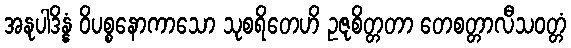
အနုပါဒိန္နံ ဝိပစ္စနောကာသော သုစရိတေဟိ ဥဇုစိတ္တတာ တေစတ္တာလီသဝတ္တံ